system: You are a helpful assistant.
user:
Analyze the provided spectrum to determine if it is a **White Dwarf (WD)**.

A White Dwarf spectrum is defined by its **extreme purity** (due to gravitational settling) and/or **extreme pressure broadening** (due to high surface gravity). You must check for one of the following mutually exclusive signatures:

- **Key Visual Indicators (Check for ONE of these types):**

    - **1. DA-Type Signature (Most Common):**
        - **(Primary Feature):** Extreme pressure broadening (Stark broadening) of the **Hydrogen (H) Balmer lines**.
        - **(Key Lines):** $H\beta$ (approx. $4861$ Å) and $H\gamma$ (approx. $4340$ Å). $H\alpha$ (approx. $6563$ Å) will also be present if the wavelength range covers it.
        - **(Line Profile):** This is the **defining feature**. The lines are **NOT** sharp. They appear as massive, **extremely broad and deep "troughs" or "dips"** in the spectrum, often hundreds of Ångströms wide. The continuum will appear to "scoop" down at these wavelengths.
        - **(Distinction):** Normal A-type or B-type stars have *narrow* and *sharp* Hydrogen lines. A DA White Dwarf's lines are unmistakably "smeared" or "blurry" from pressure.

    - **2. DB-Type Signature:**
        - **(Primary Feature):** Broad absorption lines from **Neutral Helium (He I)**. The spectrum must lack any visible Hydrogen lines.
        - **(Key Lines):** Look for broad absorption near $4471$ Å, $4921$ Å, and $5876$ Å.
        - **(Line Profile):** These lines are also significantly pressure-broadened, appearing much wider than they would in a normal B-type main-sequence star.

    - **3. DC-Type Signature:**
        - **(Primary Feature):** A **featureless continuous spectrum**.
        - **(Line Profile):** The spectrum is a smooth curve with **no significant absorption or emission lines**.
        - **(Key Confirmation):** The continuum is almost always **blue or white**, indicating a hot object. This signature implies the atmosphere is so pure (or so cool) that no spectral lines are visible in the optical range. Its WD identity is confirmed by its extremely low intrinsic brightness (high absolute magnitude).

    - **4. DZ-Type Signature (Metal-Polluted):**
        - **(Primary Feature):** **Isolated, narrow metal absorption lines** on an otherwise featureless (DC-like) continuum.
        - **(Key Lines):** The **Calcium (Ca II) H & K doublet** (approx. **$3934$ Å** and **$3968$ Å**) is the most common and defining feature.
        - **(Line Profile):** These lines are "out of place." They are *not* part of a "forest" of thousands of lines. This signature is evidence of recent *accretion* (pollution) from rocky debris.
        - **(Distinction):** Normal G/K/M stars have a *dense forest* of thousands of metal lines. A DZ has a *clean* continuum with *only a few* strong metal lines.

    - **5. DQ-Type Signature (Carbon-Polluted):**
        - **(Primary Feature):** Absorption bands from **Carbon (C₂ "Swan Bands" or atomic C I)**.
        - **(Key Lines - C₂):** Look for bandheads with a "saw-tooth" shape near $5635$ Å, **$5165$ Å** (strongest), and $4737$ Å.
        - **(Key Confirmation):** The underlying **continuum must be blue or white** (hot).
        - **(Distinction):** This is the critical difference from a **Carbon Star**, which has the *exact same* C₂ bands but on an extremely **red, cool** continuum.

- **(Overall Spectrum):**
    - The continuum (overall shape) is typically **blue-sloping** (brighter in the blue than the red), as most white dwarfs are very hot.
    - The spectrum will look "pure" or "simple," dominated by only *one* of the five signatures listed above.

Think first, call **spectral_visualization_tool** if needed to examine features in detail, then provide your final answer. Your response must adhere to the following strict rules:
1.  **Overall Structure:** Your response must follow the format `<think>...</think> <tool_call>...</tool_call> (if a tool is used) <answer>...</answer>`.
2.  **Tool Usage Constraint:** You may only make **one** tool call per turn.
3.  **Final Answer Format:** In the `<answer>` tag, your conclusion must be inside a `\boxed{}` command (e.g., `\boxed{YES}` or `\boxed{NO}`), followed by your justification.

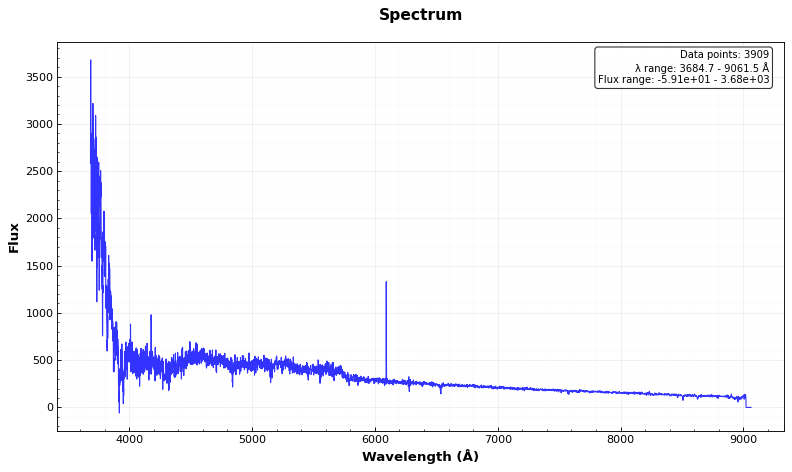
Answer: YES